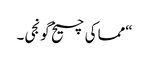
“مما کی چیخ گونجی۔